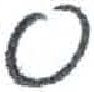
אות: ס